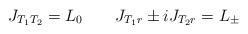
LaTeX: \begin{align*}J_{T_1 T_2} =L_0 \qquad J_{T_1 r }\pm i J_{T_2 r } = L_{\pm}\end{align*}